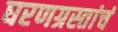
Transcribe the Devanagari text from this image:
घरणग्रस्तांचं